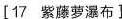
[17紫藤萝瀑布]